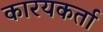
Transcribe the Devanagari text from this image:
कारयकर्ता